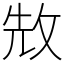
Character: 㪇